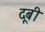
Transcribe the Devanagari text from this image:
दूबी